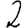
Digit: 2